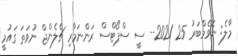
މާލެ: ނޮވެމްބަރު 25 2021-- ސީ ސްޕޯޓްސް ރަންނަމާރި ޗެލެންޖް ނުވަތަ ގައުމީ